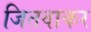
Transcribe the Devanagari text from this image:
जितवाकर